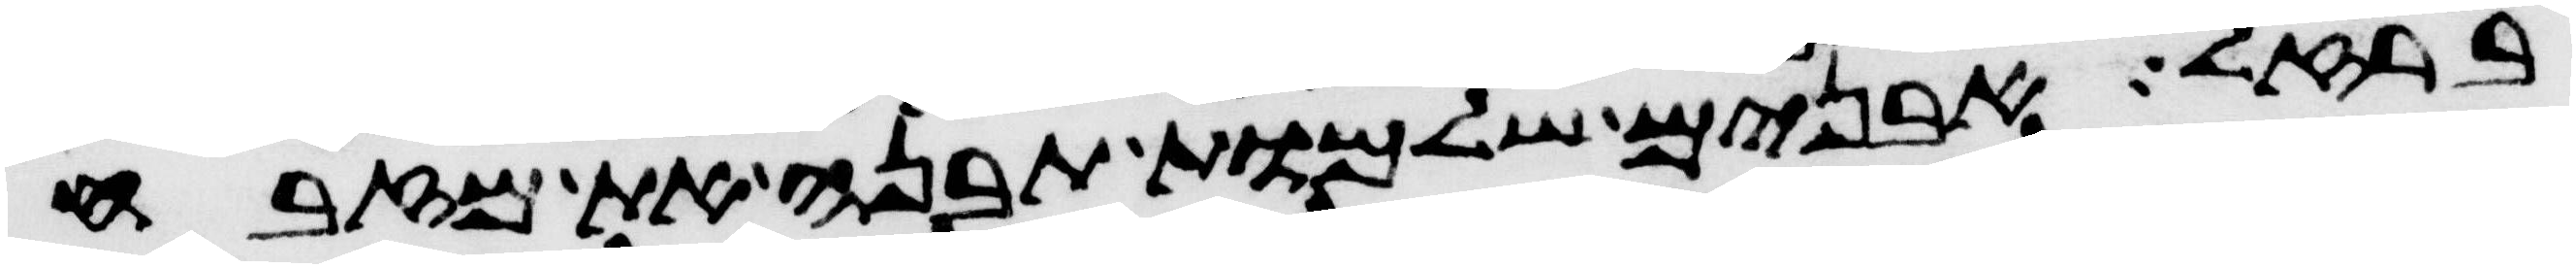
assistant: ברזל אבנים שלמות תבנה את מזבח